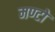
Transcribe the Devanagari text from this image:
मण्टो